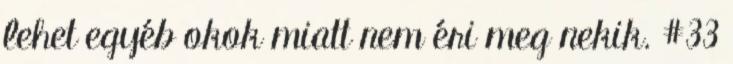
lehet egyéb okok miatt nem éri meg nekik. #33